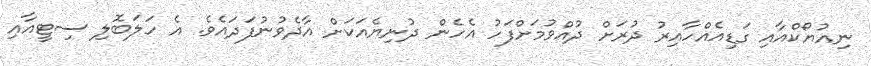
ނިއުޔޯކްއާއި ގަޑިއެއްހާއިރު ދުރަށް ދުއްވުމަށްފަހު އެހެން ދުނިޔެއަކަށް އާދެވުނުފަދައެވެ. އެ ހަލަބޮލި ސިޓީއާއި